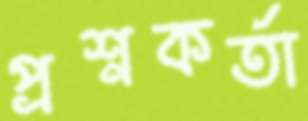
প্রশ্নকর্তা